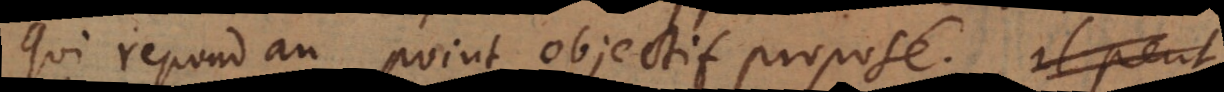
qui repond au point objectif proposé.